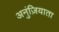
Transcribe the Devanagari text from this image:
अनुंज़ियाता